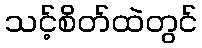
သင့်စိတ်ထဲတွင်